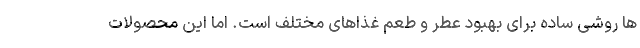
ها روشی ساده برای بهبود عطر و طعم غذاهای مختلف است. اما این محصولات